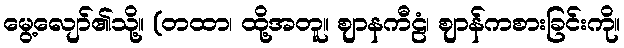
မွေ့လျော်၏သို့။ (တထာ၊ ထို့အတူ။ ဈာနကီဠံ၊ ဈာန်ကစားခြင်းကို။